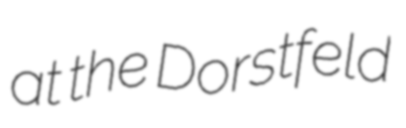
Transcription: at the Dorstfeld